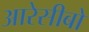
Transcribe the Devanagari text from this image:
आरेसीबो